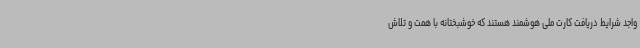
واجد شرایط دریافت کارت ملی هوشمند هستند که خوشبختانه با همت و تلاش